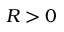
R > 0